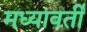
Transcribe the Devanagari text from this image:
मध्यावर्ती